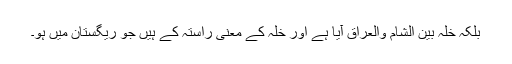
بلکہ خَلّہ بین الشام والعراق آیا ہے اور خَلّہ کے معنی راستہ کے ہیں جو ریگستان میں ہو۔